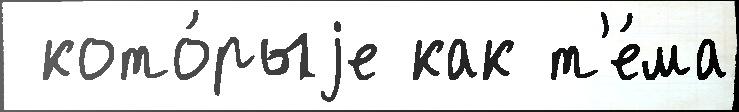
 кото́рыjе как т'е́ма